Annual report of the Bengal Veterinary College and of the Civil Veterinary Department, Bengal, for the year 1914-1915 - 1914-1915
Year: 1914
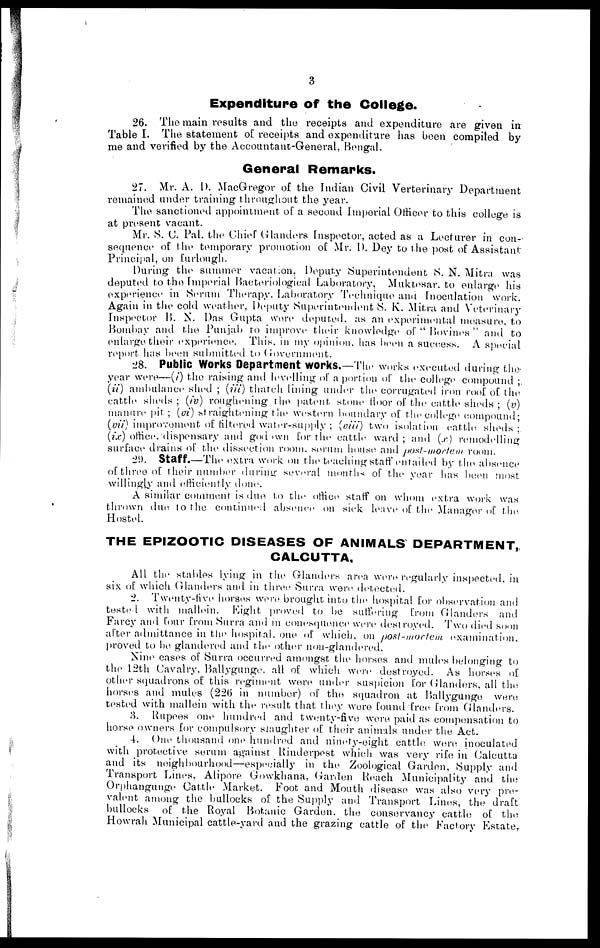
3
Expenditure of the College.
26. The main results and the receipts and expenditure are given in
Table I. The statement of receipts and expenditure has been compiled by
me and verified by the Accountant-General, Bengal.
General Remarks.
27. Mr. A. D. MacGregor of the Indian Civil Verterinary Department
remained under training throughout the year.
The sanctioned appointment of a second Imperial Officer to this college is
at present vacant.
Mr. S. C. Pal, the Chief Glanders Inspector, acted as a Lecturer in con-
sequence of the temporary promotion of Mr. D. Dey to the post of Assistant
Principal, on furlough.
During the summer vacation, Deputy Superintendent S. N. Mitra was
deputed to the Imperial Bacteriological Laboratory, Muktesar. to enlarge his
experience in Serum Therapy. Laboratory Technique and Inoculation work.
Again in the cold weather, Deputy Superintendent S. K. Mitra and Veterinary
Inspector B. N. Das Gupta were deputed, as an experimental measure, to
Bombay and the Punjab to improve their knowledge of " Bovines " and to
enlarge their experience. This, in my opinion, has been a sueeess. A special
report has been submitted to Government.
28. Public Works Department Works.—The works executed during the
year were—(i) the raising and levelling of a portion of the college compound ;
(ii) ambulance shed ; (iii) thatch lining under the corrugated iron roof of the
cattle sheds ; (iv) roughening the patent stone floor of the cattle sheds ; (v)
manure pit ; (vi) straightening the western boundary of the college compound;
(vii) improvement of filtered water-supply ; (viii) two isolation cattle sheds ;
(ix) office, dispensary and godown for the cattle ward ; and (x) remodelling
surface drains of the dissection room, serum house and post-mortem room.
20. Staff.—The extra work on the teaching staff entailed by the absence
of three of their number during several months of the year has been most
willingly and efficiently done.
A similar comment is due to the office staff on whom extra work was
thrown due to the continued absence on sick leave of the Manager of the
Hostel.
THE EPIZOOTIC DISEASES OF ANIMALS DEPARTMENT,
CALCUTTA.
All the stables lying in the Glanders area were regularly inspected, in
six of which Glanders and in three Surra were detected.
2. Twenty-live horses were brought into the hospital for observation and
tested with mallein. Eight proved to be suffering from Glanders and
Farcy and four from Surra and in conesquence were destroyed. Two died soon
after admittance in the hospital one of which, on post-mortem
examination,
proved to be glandered and the other non-glandered.
Nino cases of Surra occurred amongst the horses and mules belonging to
the 12th Cavalry, Ballygunge. all of which were destroyed. As horses of
other squadrons of this regiment were under suspicion for Glanders, all the
horses and mules (226 in number) of the squadron at Ballygunge were
tested with mallein with the result that they were found free from Glanders.
3. Rupees one hundred and twenty-five were paid as compensation to
horse owners for compulsory slaughter of their animals under the Act.
4. One thousand one hundred and ninety-eight cattle were inoculated
with protective serum against Rinderpest which was very rife in Calcutta
and its neighbourhood—especially in the Zoological Garden, Supply and
Transport Lines, Alipore Gowkhana, Garden Reach Municipality and the
Orphangunge Cattle Market. Foot and Mouth disease was also very pre-
valent among the bullocks of the Supply and Transport Lines, the draft
bullocks of the Royal Botanic Garden the conservancy cattle of the
Howrah Municipal cattle-yard and the grazing cattle of the Factory Estate,